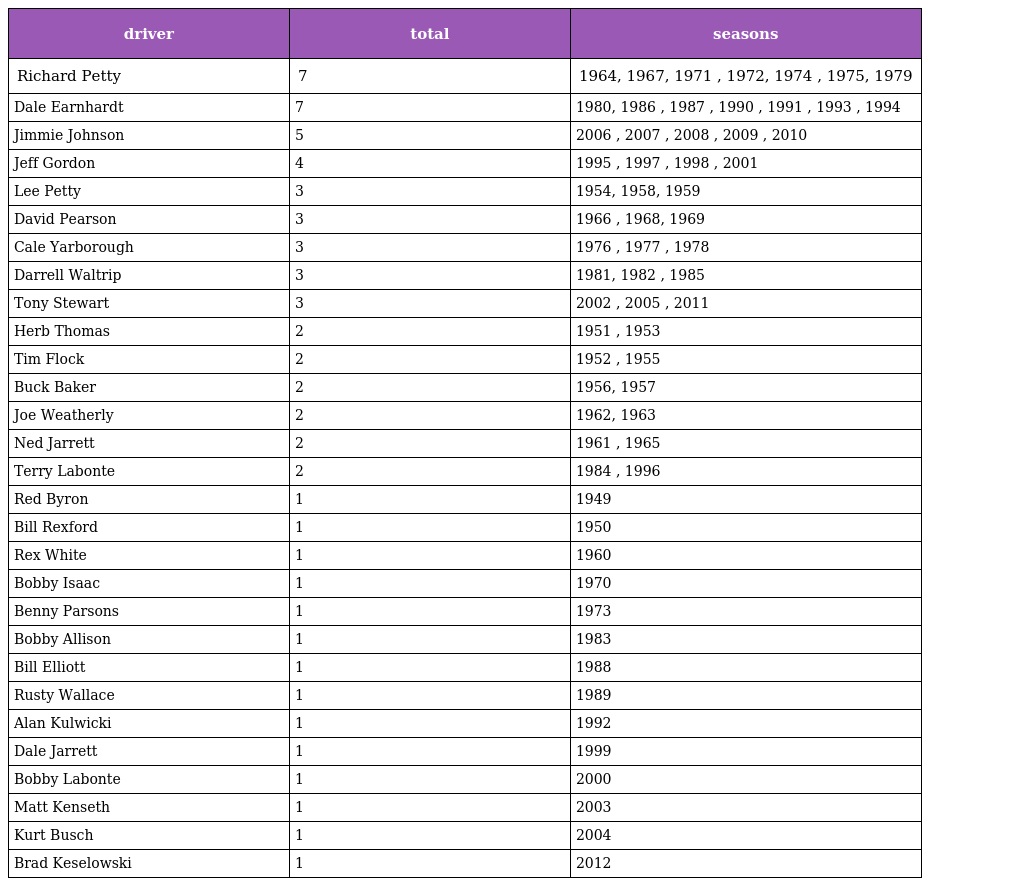
| driver | total | seasons |
 | --- | --- | --- |
 | Richard Petty | 7 | 1964, 1967, 1971 , 1972, 1974 , 1975, 1979 |
 | Dale Earnhardt | 7 | 1980, 1986 , 1987 , 1990 , 1991 , 1993 , 1994 |
 | Jimmie Johnson | 5 | 2006 , 2007 , 2008 , 2009 , 2010 |
 | Jeff Gordon | 4 | 1995 , 1997 , 1998 , 2001 |
 | Lee Petty | 3 | 1954, 1958, 1959 |
 | David Pearson | 3 | 1966 , 1968, 1969 |
 | Cale Yarborough | 3 | 1976 , 1977 , 1978 |
 | Darrell Waltrip | 3 | 1981, 1982 , 1985 |
 | Tony Stewart | 3 | 2002 , 2005 , 2011 |
 | Herb Thomas | 2 | 1951 , 1953 |
 | Tim Flock | 2 | 1952 , 1955 |
 | Buck Baker | 2 | 1956, 1957 |
 | Joe Weatherly | 2 | 1962, 1963 |
 | Ned Jarrett | 2 | 1961 , 1965 |
 | Terry Labonte | 2 | 1984 , 1996 |
 | Red Byron | 1 | 1949 |
 | Bill Rexford | 1 | 1950 |
 | Rex White | 1 | 1960 |
 | Bobby Isaac | 1 | 1970 |
 | Benny Parsons | 1 | 1973 |
 | Bobby Allison | 1 | 1983 |
 | Bill Elliott | 1 | 1988 |
 | Rusty Wallace | 1 | 1989 |
 | Alan Kulwicki | 1 | 1992 |
 | Dale Jarrett | 1 | 1999 |
 | Bobby Labonte | 1 | 2000 |
 | Matt Kenseth | 1 | 2003 |
 | Kurt Busch | 1 | 2004 |
 | Brad Keselowski | 1 | 2012 |